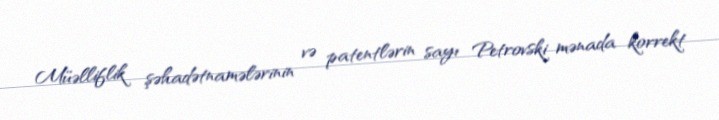
Müəlliflik şəhadətnamələrinin və patentlərin sayı Petrovski mənada korrekt